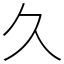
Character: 久